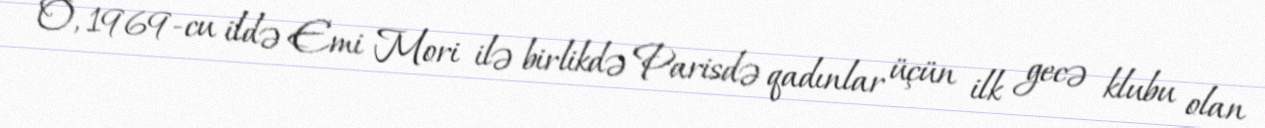
O, 1969-cu ildə Emi Mori ilə birlikdə Parisdə qadınlar üçün ilk gecə klubu olan